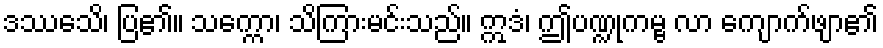
ဒဿေသိ၊ ပြ၏။ သက္ကော၊ သိကြားမင်းသည်။ ဣဒံ၊ ဤပဏ္ဍုကမ္ဗ လာ ကျောက်ဖျာ၏